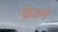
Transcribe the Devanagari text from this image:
ब्रैंडम